Indian journal of veterinary science and animal husbandry - Volume 9,
Year: 1939
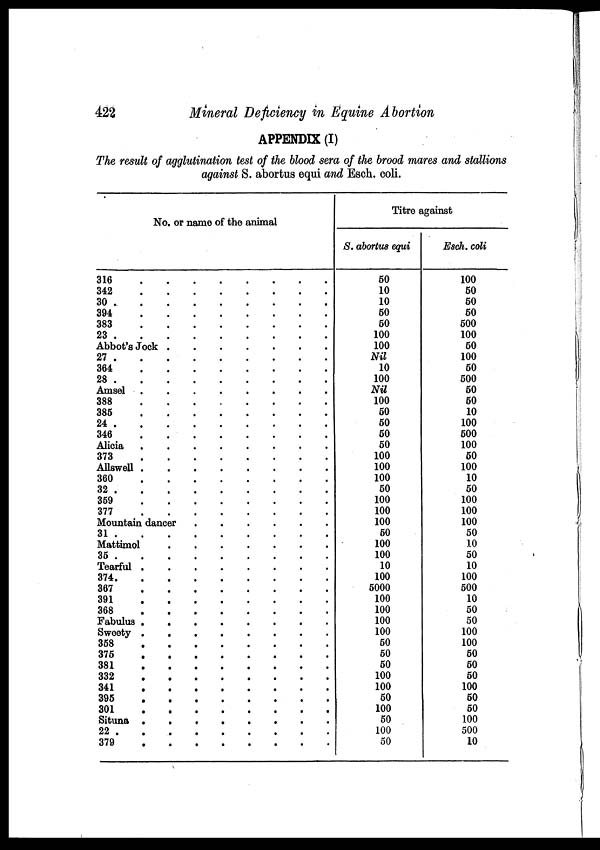
422
Mineral Deficiency in Equine Abortion
APPENDIX (I)
The result of agglutination test of the blood sera of the brood mares and stallions
against S. abortus equi and Esch. coli.
No. or name of the animal
316
.
.
.
.
.
.
.
.
342 . . . . . . . .
30 . . . . . . . .
394 . . . . . . . .
383 . . . . . . . .
23 . . . . . . . .
Abbot's Jock
.
.
.
.
.
.
.
.
27 . . . . . . . .
364 . . . . . . . .
28 . . . . . . . .
Amsel . . . . . . . .
388
.
.
.
.
.
.
.
.
385 . . . . . . . .
24 . . . . . . . .
346 . . . . . . . .
Alicia . . . . . . . .
373 . . . . . . . .
Allswell . . . . . . . .
360 . . . . . . . .
32 . . . . . . . .
359 . . . . . . . .
377 . . . . . . . .
Mountain dancer
.
.
.
.
.
.
.
.
31 . . . . . . . .
Mattimol
.
.
.
.
.
.
.
.
35 . . . . . . . .
Tearful . . . . . . . .
374 . . . . . . . .
367 . . . . . . . .
391 . . . . . . . .
368 . . . . . . . .
Fabulus . . . . . . . .
Sweety . . . . . . . .
358 . . . . . . . .
375 . . . . . . . .
381 . . . . . . . .
332 . . . . . . . .
341 . . . . . . . .
395 . . . . . . . .
301 . . . . . . . .
Situna . . . . . . . .
22 . . . . . . . .
379 . . . . . . . .
Titre against
S. abortus equi
50
10
10
50
50
100
100
Nil
10
100
Nil
100
50
50
50
50
100
100
100
50
100
100
100
50
100
100
10
100
5000
100
100
100
100
50
50
50
100
100
50
100
50
100
50
Each, coli
100
50
50
50
500
100
50
100
50
500
50
50
10
100
500
100
50
100
10
50
100
100
100
50
10
50
10
100
500
10
50
50
100
100
50
50
50
100
50
50
100
500
10